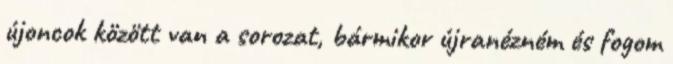
újoncok között van a sorozat, bármikor újranézném és fogom